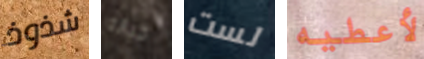
شذوذ خيانه لست لأعطيه